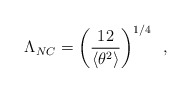
\begin{align*}\Lambda_{NC} = \left(\frac{12}{\langle \theta^2 \rangle}\right)^{1/4} \,\,\, ,\end{align*}